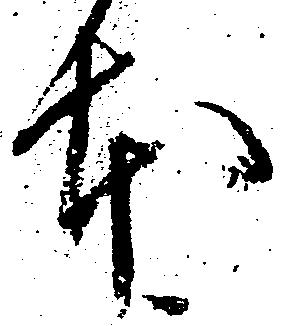
本